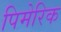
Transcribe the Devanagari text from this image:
पिमेरिक